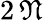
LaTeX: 2\, \mathfrak{N}